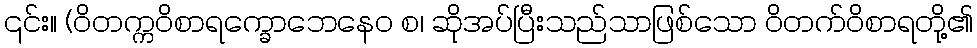
၎င်း။ (ဝိတက္ကဝိစာရက္ခောဘေနေဝ စ၊ ဆိုအပ်ပြီးသည်သာဖြစ်သော ဝိတက်ဝိစာရတို့၏